Leningradi_Edasi_toimetus, lk 32
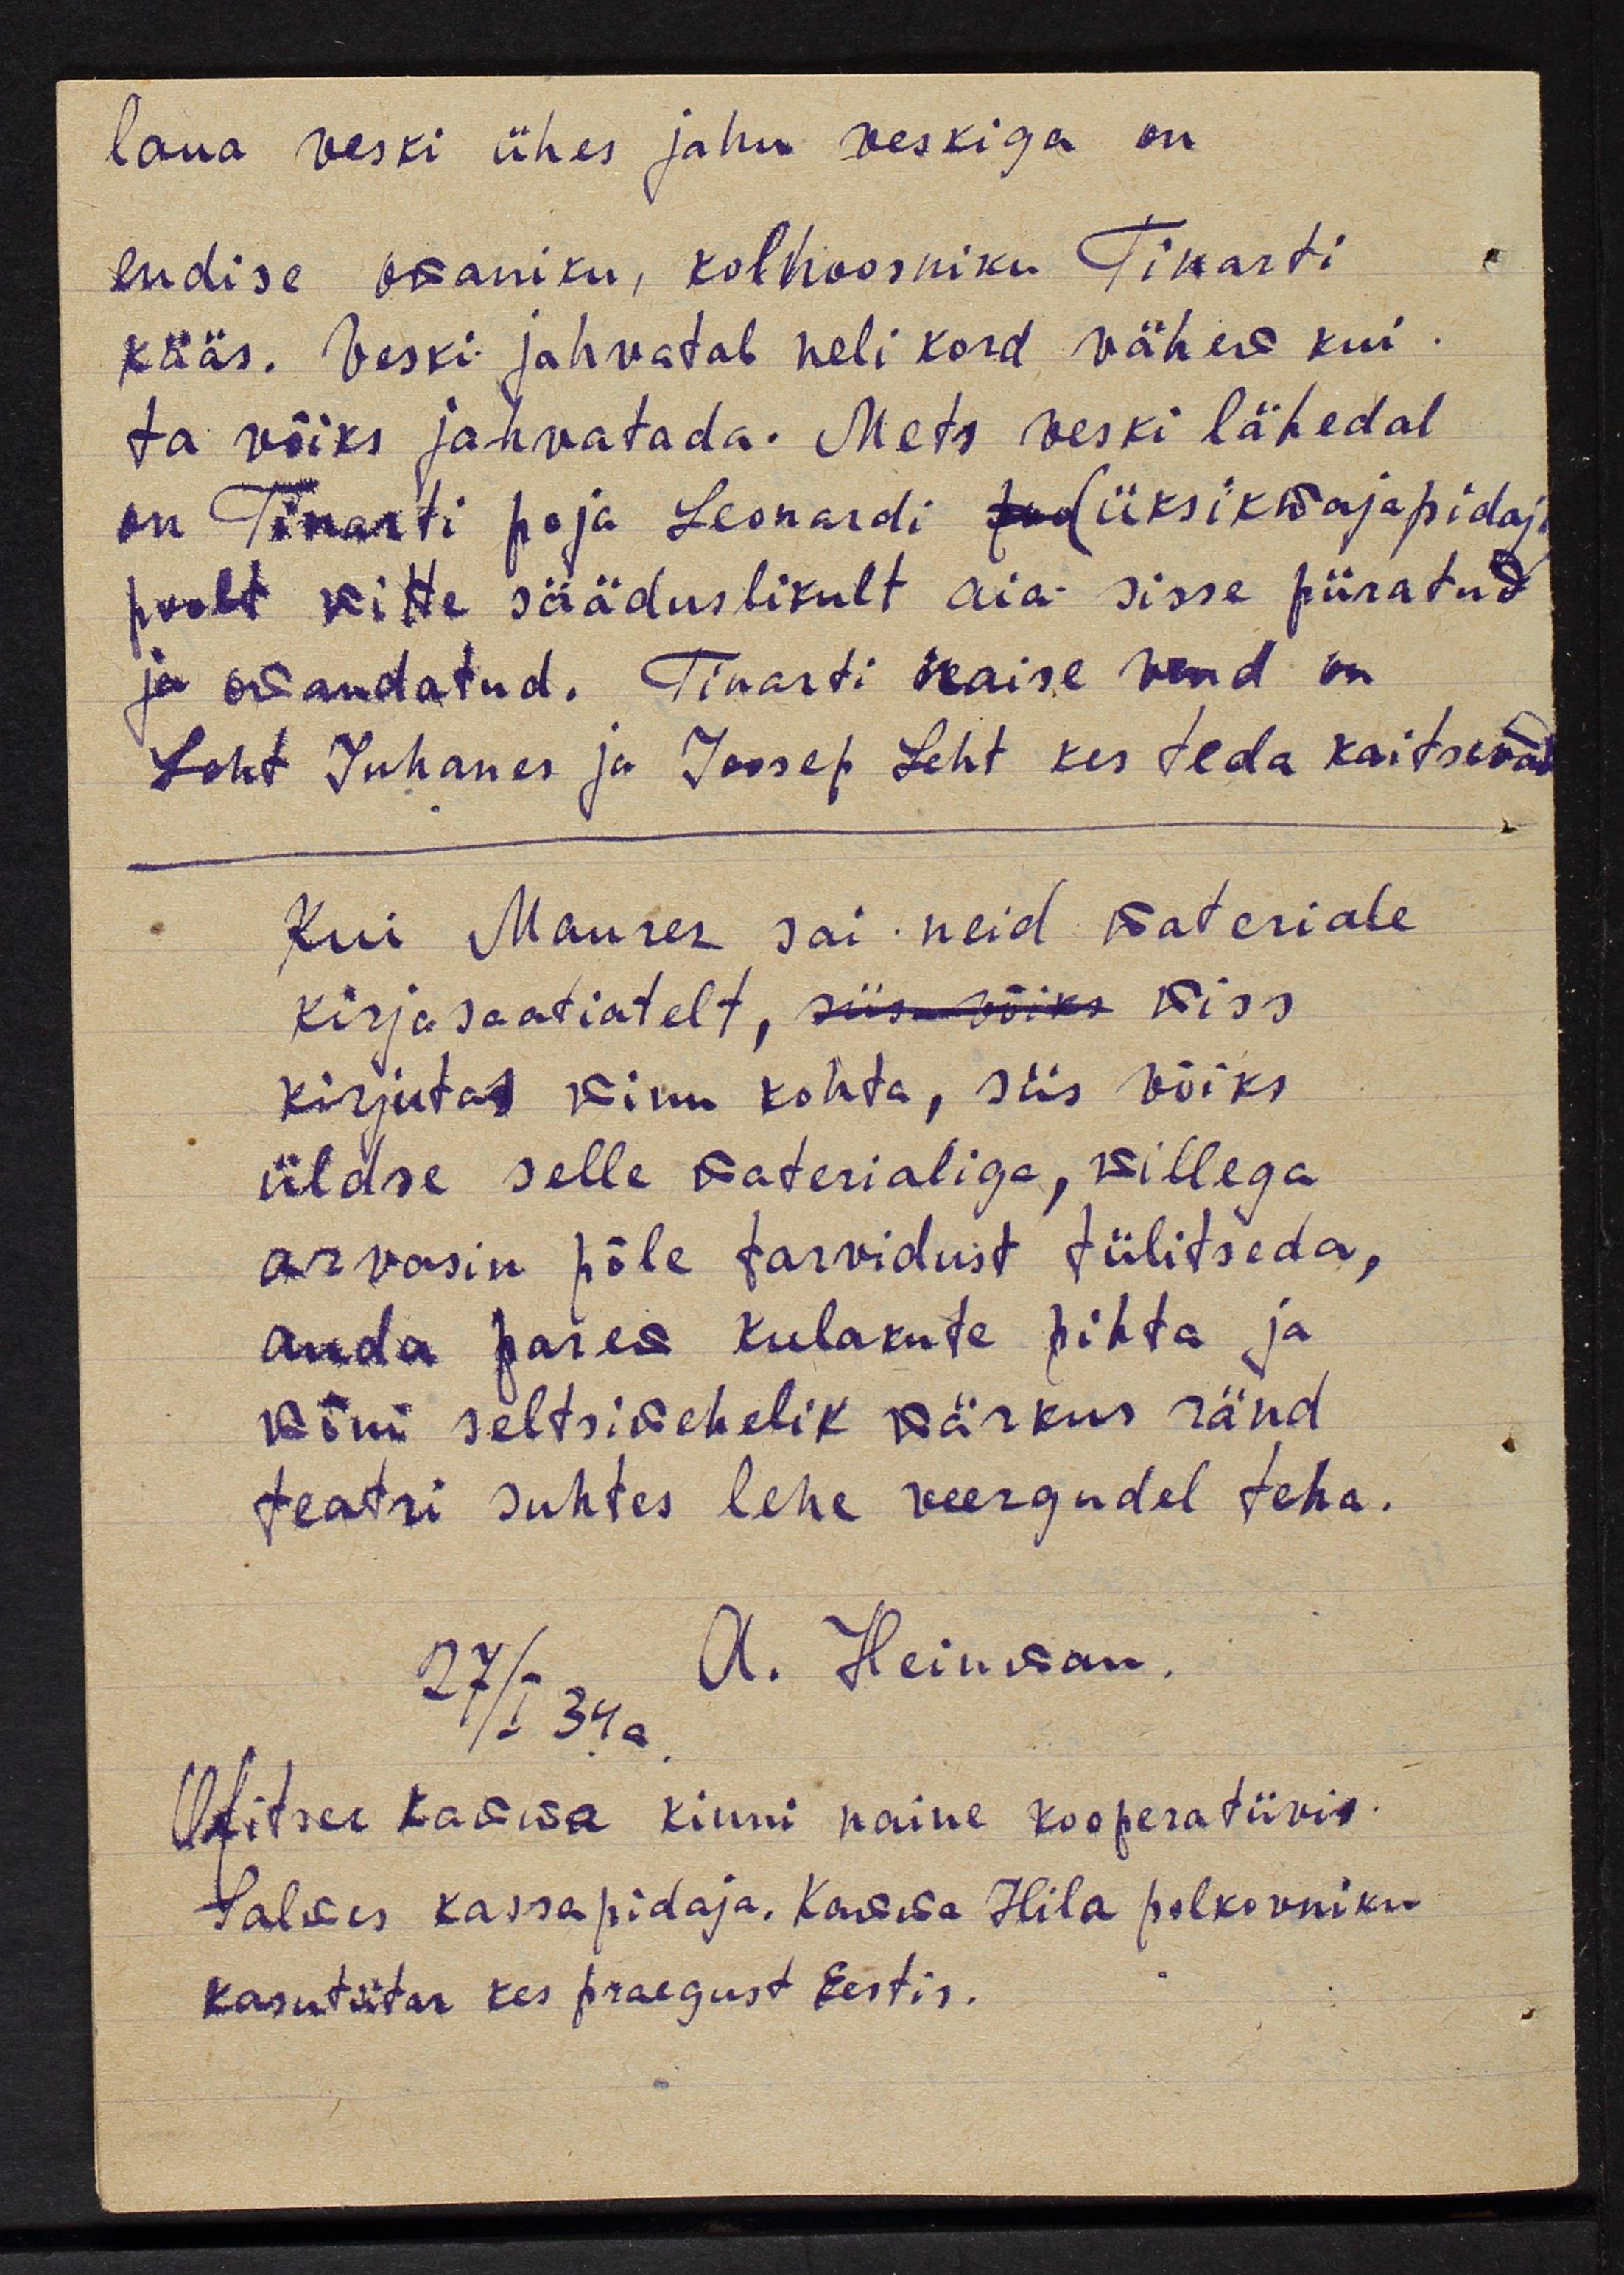
laua veski ühes jahu veskiga on
endise osaniku, kolhoosniku Tikarti
kääs. Veski jahvatab neli kord vähem kui
ta võiks jahvatada. Mets veski lähedal
on Tikarti poja Leonardi (üksikmajapidaja
poolt mitte sääduslikult aia sisse piiratud
ja omandatud. Tikarti naise vend on
Leht Johanes ja Joosep Leht kes teda kaitsevad
kui Maurer sai neid materiale
kirjasaatiatelt, siis võiks miss
kirjutat minu kohta, siis võiks
üldse selle materialiga, millega
arvasin põle tarvidust tülitseda,
anda parem kulakute pihta ja
mõni seltsimehelik märkus ränd
teatri suhtes lehe veergudel teha.
A. Heinson,
27/I 34 a.
Ofitser Kamma kinni naine kooperatiivis
Salmes kassapidaja. Kamma Hila polkovniku
kasutütar kes praegust Eestis.